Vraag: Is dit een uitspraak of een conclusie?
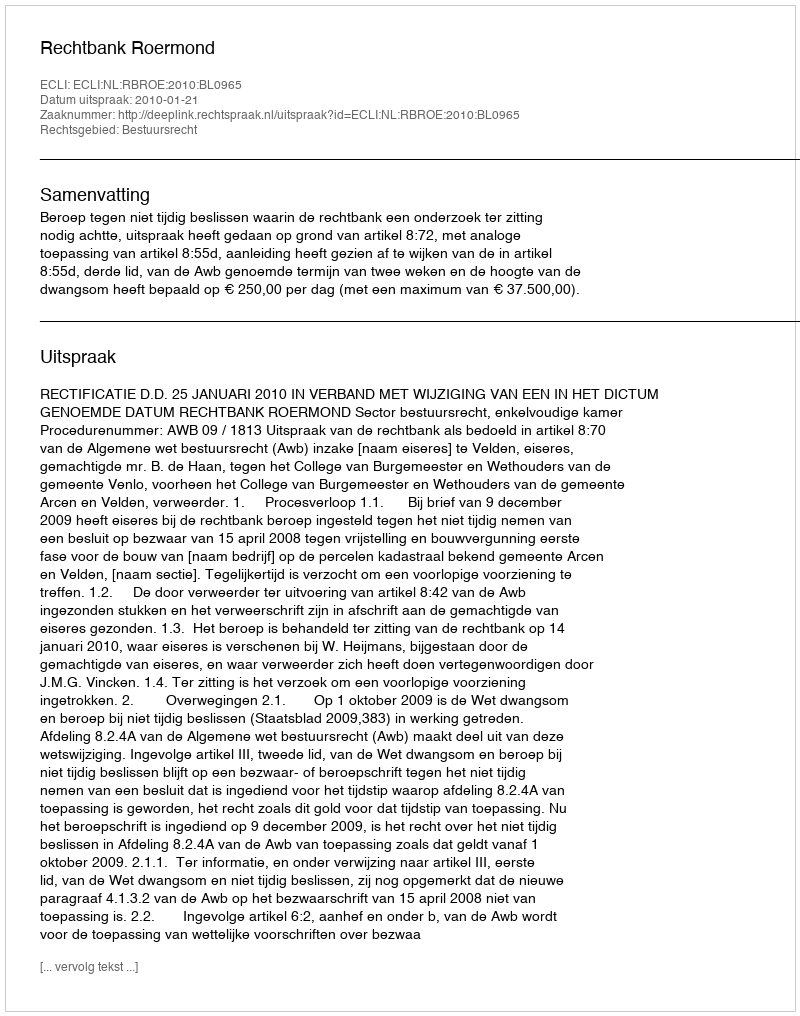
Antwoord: Uitspraak